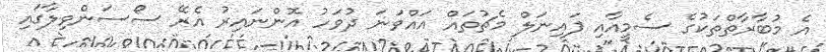
އެ މުބާރާތްތަކުގެ ސެމީއާއި ފައިނަލް މެޗުތައް އައްވަނަ ދުވަހު އޮންނައިރު އެރޭ ސޯސަންވިލާގައި